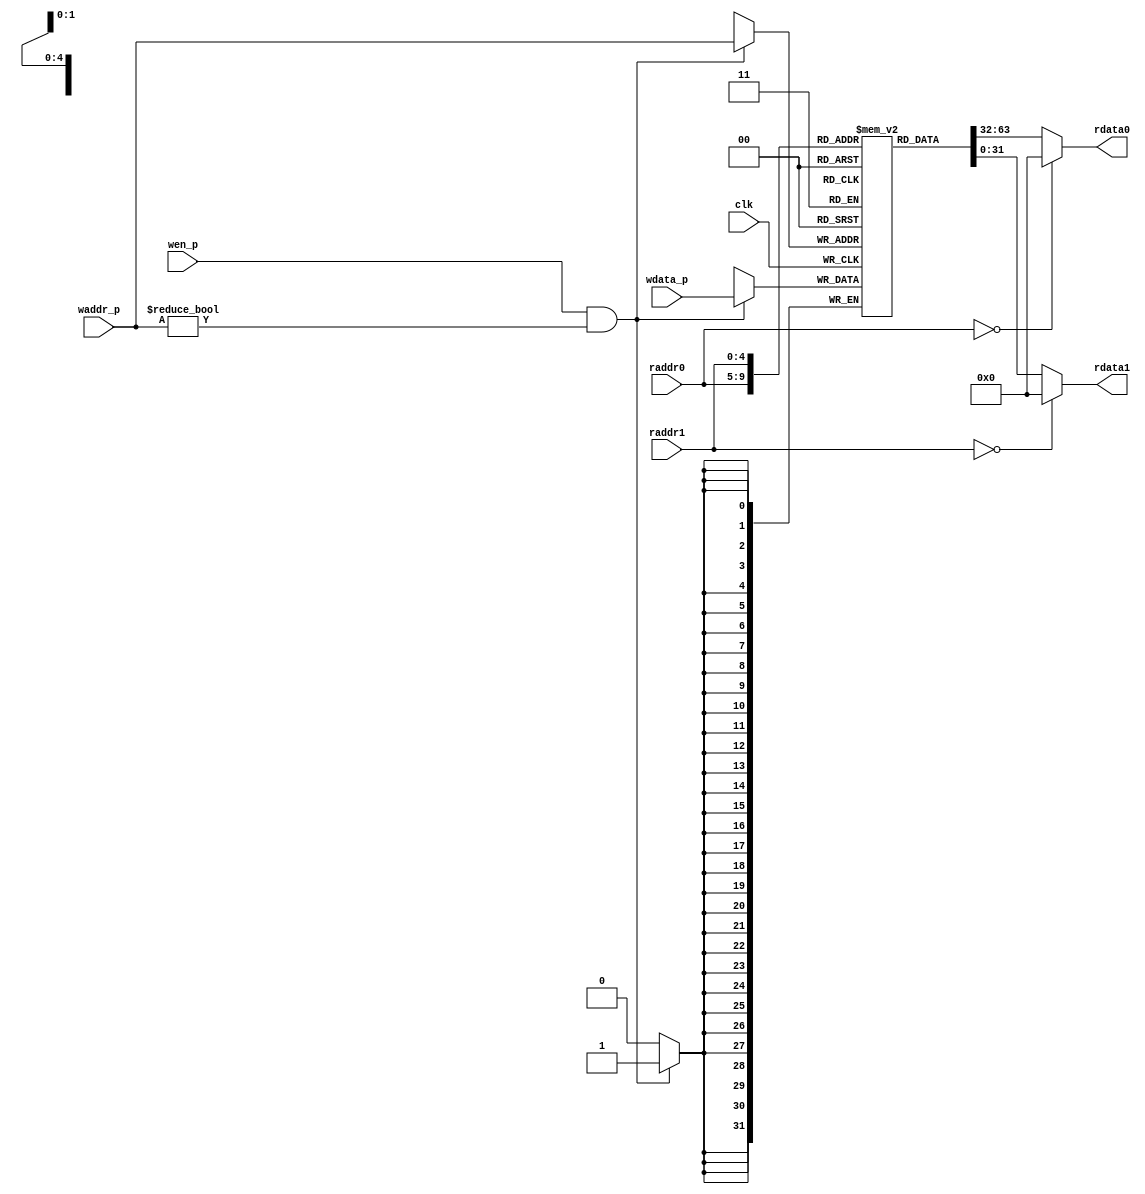
//=========================================================================
// 5-Stage PARC Register File
//=========================================================================

`ifndef PARC_CORE_DPATH_REGFILE_V
`define PARC_CORE_DPATH_REGFILE_V

module parc_CoreDpathRegfile
(
  input         clk,
  input  [ 4:0] raddr0,  // Read 0 address (combinational input)
  output [31:0] rdata0,  // Read 0 data (combinational on raddr)
  input  [ 4:0] raddr1,  // Read 1 address (combinational input)
  output [31:0] rdata1,  // Read 1 data (combinational on raddr)
  input         wen_p,   // Write enable (sample on rising clk edge)
  input  [ 4:0] waddr_p, // Write address (sample on rising clk edge)
  input  [31:0] wdata_p  // Write data (sample on rising clk edge)
);

  // We use an array of 32 bit register for the regfile itself
  reg [31:0] registers[31:0];

  // Combinational read ports
  assign rdata0 = ( raddr0 == 0 ) ? 32'b0 : registers[raddr0];
  assign rdata1 = ( raddr1 == 0 ) ? 32'b0 : registers[raddr1];

  // Write port is active only when wen is asserted
  always @( posedge clk )
  begin
    if ( wen_p && (waddr_p != 5'b0) )
      registers[waddr_p] <= wdata_p;
  end

endmodule

`endif